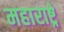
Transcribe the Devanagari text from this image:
महाराष्ट्रे